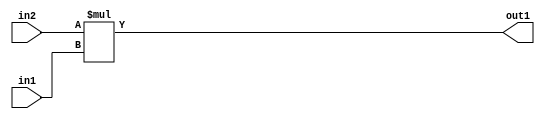
`timescale 1ps / 1ps
/*****************************************************************************
    Verilog RTL Description
    
    
    Created by: Stratus DpOpt 2019.1.01 
*******************************************************************************/

module DC_Filter_Mul_9Ux3U_12U_4 (
	in2,
	in1,
	out1
	); /* architecture "behavioural" */ 
input [8:0] in2;
input [2:0] in1;
output [11:0] out1;
wire [11:0] asc001;

assign asc001 = 
	+(in2 * in1);

assign out1 = asc001;
endmodule

/* CADENCE  ubD2SQA= : u9/ySgnWtBlWxVPRXgAZ4Og= ** DO NOT EDIT THIS LINE ******/